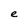
Character: e